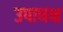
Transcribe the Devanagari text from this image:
उपाधक्ष